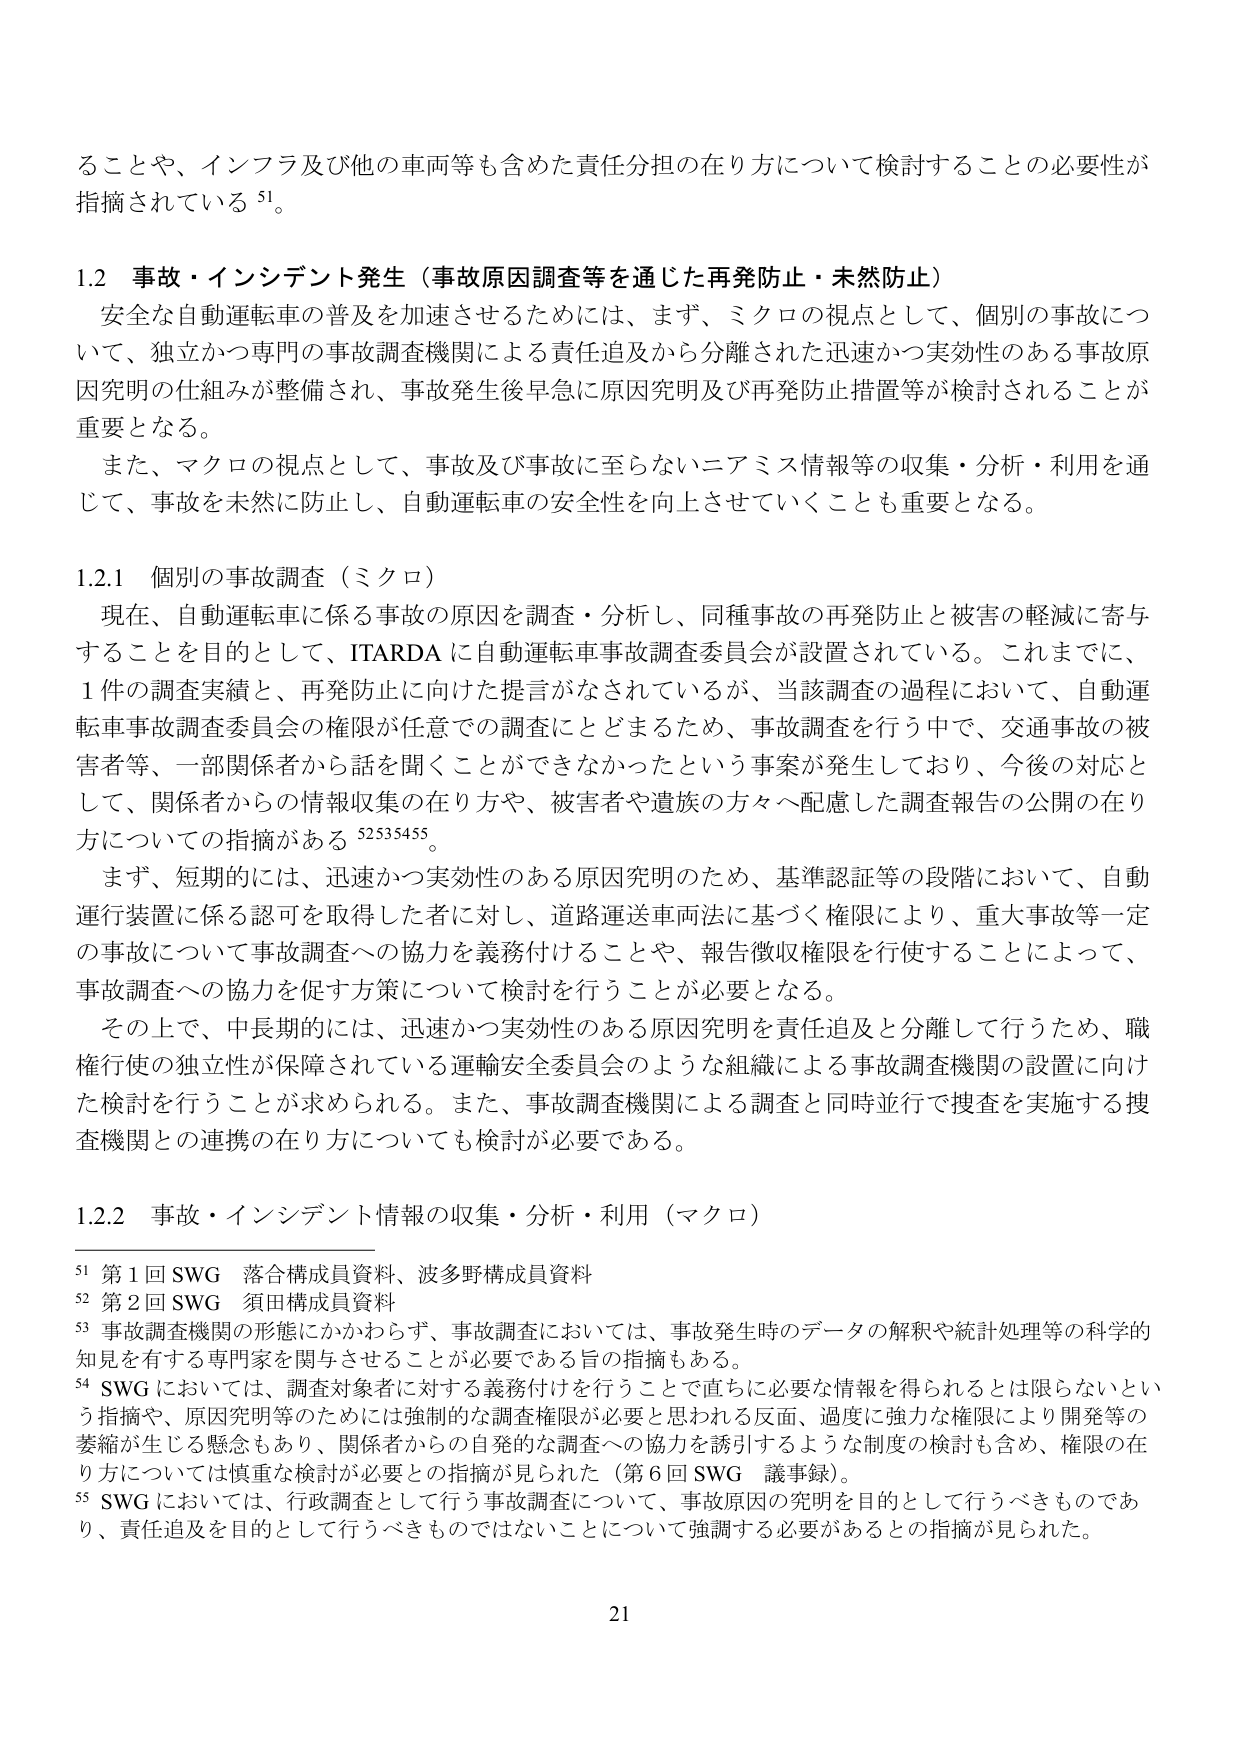
ることや、インフラ及び他の車両等も含めた責任分担の在り方について検討することの必要性が指摘されている⁵¹。

1.2 事故・インシデント発生（事故原因調査等を通じた再発防止・未然防止）
安全な自動運転車の普及を加速させるためには、まず、ミクロの視点として、個別の事故について、独立かつ専門の事故調査機関による責任追及から分離された迅速かつ実効性のある事故原因究明の仕組みが整備され、事故発生後早急に原因究明及び再発防止措置等が検討されることが重要となる。
また、マクロの視点として、事故及び事故に至らないニアミス情報等の収集・分析・利用を通じて、事故を未然に防止し、自動運転車の安全性を向上させていくことも重要となる。

1.2.1 個別の事故調査（ミクロ）
現在、自動運転車に係る事故の原因を調査・分析し、同種事故の再発防止と被害の軽減に寄与することを目的として、ITARDA に自動運転車事故調査委員会が設置されている。これまでに、1件の調査実績と、再発防止に向けた提言がなされているが、当該調査の過程において、自動運転車事故調査委員会の権限が任意での調査にとどまるため、事故調査を行う中で、交通事故の被害者等、一部関係者から話を聞くことができなかったという事案が発生しており、今後の対応として、関係者からの情報収集の在り方や、被害者や遺族の方々へ配慮した調査報告の公開の在り方についての指摘がある⁵²⁵³⁵⁴⁵⁵。
まず、短期的には、迅速かつ実効性のある原因究明のため、基準認証等の段階において、自動運行装置に係る認可を取得した者に対し、道路運送車両法に基づく権限により、重大事故等一定の事故について事故調査への協力を義務付けることや、報告徴収権限を行使することによって、事故調査への協力を促す方策について検討を行うことが必要となる。
その上で、中長期的には、迅速かつ実効性のある原因究明を責任追及と分離して行うため、職権行使の独立性が保障されている運輸安全委員会のような組織による事故調査機関の設置に向けた検討を行うことが求められる。また、事故調査機関による調査と同時並行で捜査を実施する捜査機関との連携の在り方についても検討が必要である。

1.2.2 事故・インシデント情報の収集・分析・利用（マクロ）

⁵¹ 第1回SWG 落合構成員資料、波多野構成員資料
⁵² 第2回SWG 須田構成員資料
⁵³ 事故調査機関の形態にかかわらず、事故調査においては、事故発生時のデータの解釈や統計処理等の科学的知見を有する専門家を関与させることが必要である旨の指摘もある。
⁵⁴ SWGにおいては、調査対象者に対する義務付けを行うことで直ちに必要な情報を得られるとは限らないという指摘や、原因究明等のためには強制的な調査権限が必要と思われる反面、過度に強力な権限により開発等の萎縮が生じる懸念もあり、関係者からの自発的な調査への協力を誘引するような制度の検討も含め、権限の在り方については慎重な検討が必要との指摘が見られた（第6回SWG 議事録）。
⁵⁵ SWGにおいては、行政調査として行う事故調査について、事故原因の究明を目的として行うべきものであり、責任追及を目的として行うべきものではないことについて強調する必要があるとの指摘が見られた。

21